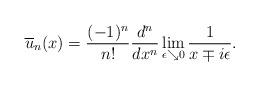
LaTeX: \begin{align*} \overline{u}_n(x) = \frac{(-1)^n}{n!} \frac{d^n}{dx^n} \lim_{\epsilon \searrow 0} \frac{1}{x \mp i\epsilon}. \end{align*}